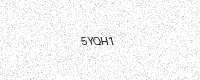
Text: 5YQH1